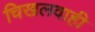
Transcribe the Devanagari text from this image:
चिखलवाही